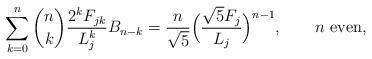
LaTeX: \begin{align*}\sum_{k= 0}^n \binom nk \frac{2^kF_{jk}}{L_j^{k}} B_{n - k} = \frac{n}{\sqrt5}\Big(\frac{\sqrt5 F_j}{L_j}\Big)^{n - 1},\qquad\mbox{$n$ even},\end{align*}